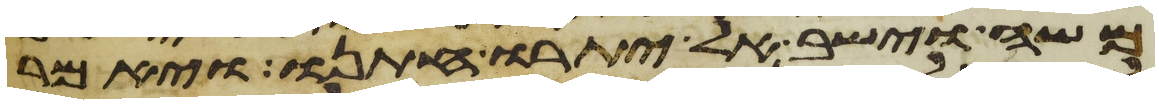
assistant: משה וישב אל יתרו חתנו ויאמר